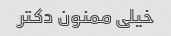
خیلی ممنون دکتر